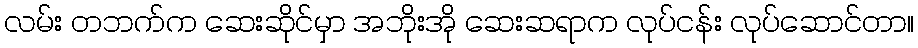
လမ်း တဘက်က ဆေးဆိုင်မှာ အဘိုးအို ဆေးဆရာက လုပ်ငန်း လုပ်ဆောင်တာ။